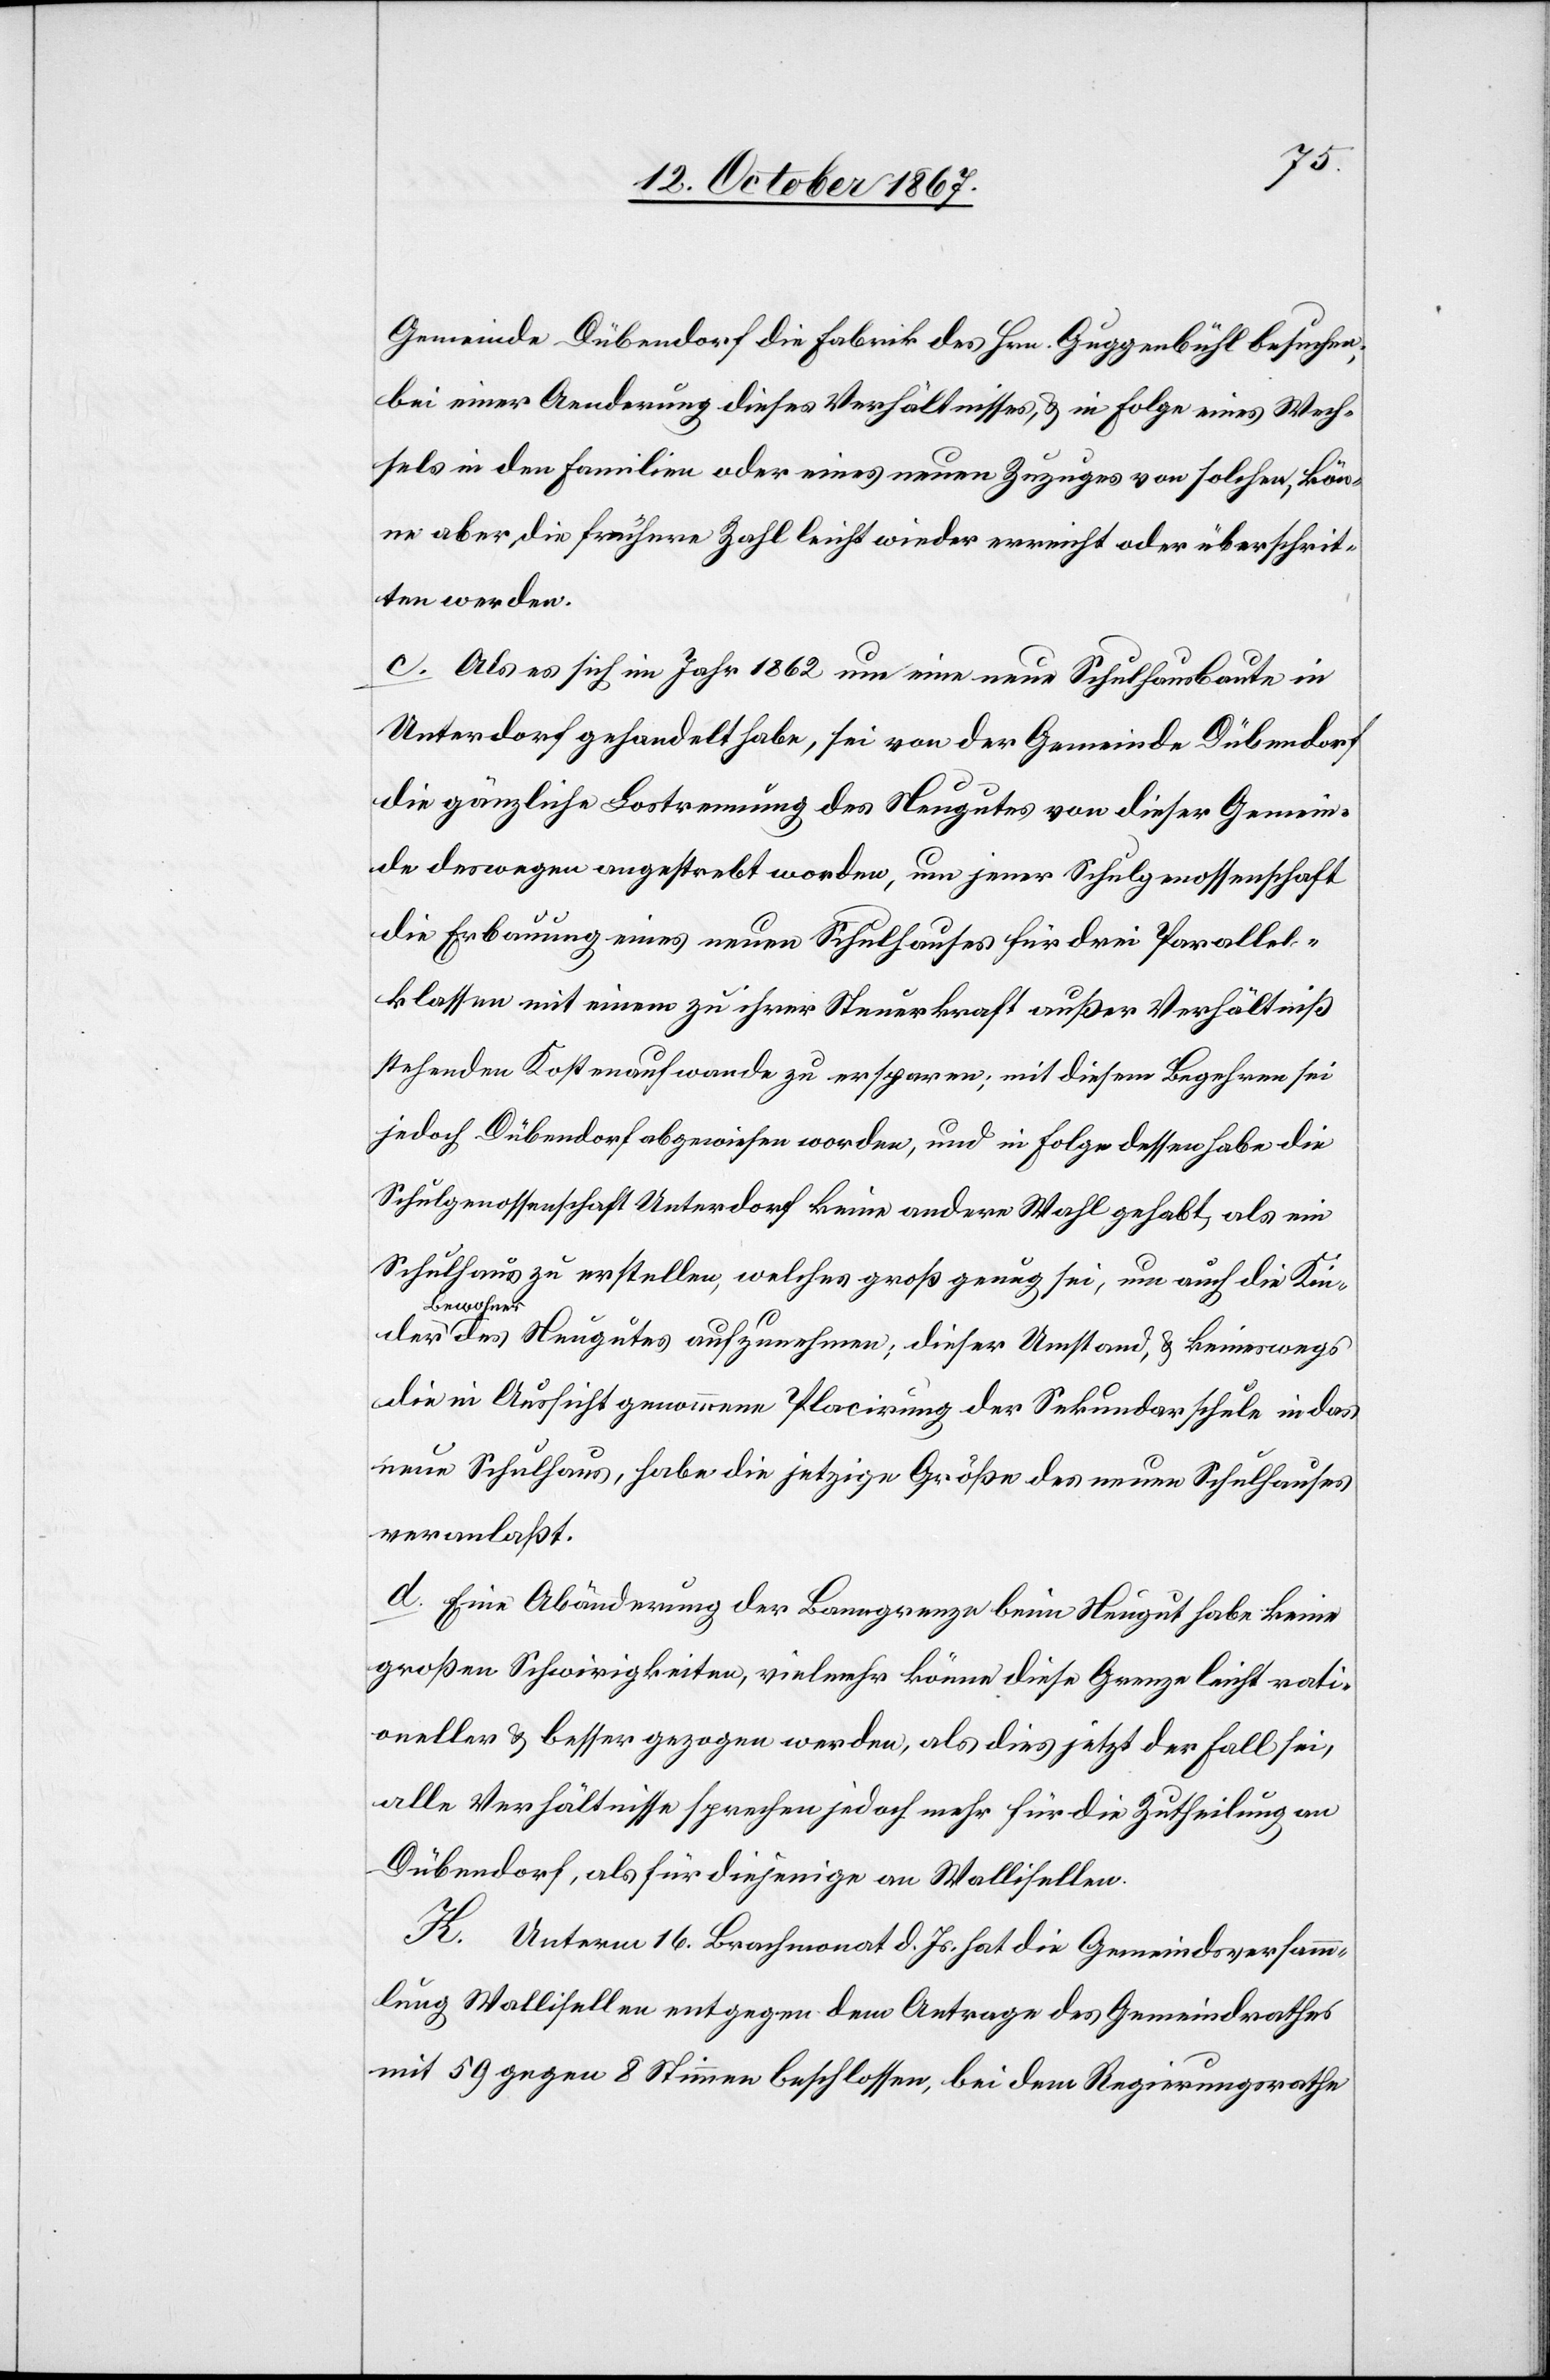
der
Gemeinde Dübendorf die Fabrik des Hrn. Guggenbühl besuchen;
bei einer Aenderung dieses Verhältnisses, u. in Folge eines Wech¬
sels in den Familien oder eines neuen Zuzuges von solchen, kön¬
ne aber die frühere Zahl leicht wieder erreicht oder überschrit¬
ten werden.
c. Als es sich im Jahr 1862 um eine neue Schulhausbaute in
Unterdorf gehandelt habe, sei von der Gemeinde Dübendorf
die gänzliche Lostrennung des Neugutes von dieser Gemein¬
de deswegen angestrebt worden, um jener Schulgenossenschaft
die Erbauung eines neuen Schulhauses für drei Parallel¬
klassen mit einem zu ihrer Steuerkraft außer Verhältniß
stehenden Kostenaufwand zu ersparen; mit diesem Begehren sei
jedoch Dübendorf abgewiesen worden, und in Folge dessen habe die
Schulgenossenschaft Unterdorf keine andere Wahl gehabt, als ein
Schulhaus zu erstellen, welches groß genug sei, um auch die Kin¬
Bewohn¬
er des Neugutes aufzunehmen; dieser Umstand, u. keineswegs
die in Aussicht genommene Placirung der Sekundarschule in das
neue Schulhaus, habe die jetzige Größe des neuen Schulhauses
veranlaßt.
d. Eine Abänderung der Banngrenze beim Neugut habe keine
großen Schwierigkeiten, vielmehr könne diese Grenze leicht rati¬
oneller u. besser gezogen werden, als die jetzt der Fall sei,
alle Verhältnisse sprechen jedoch mehr für die Zutheilung an
Dübendorf, als für diejenige an Wallisellen.
K. Unterm 16. Brachmonat d. Js. hat die Gemeindsversamm¬
lung Wallisellen entgegen dem Antrage des Gemeindrathes
mit 59 gegen 8 Stimmen beschlossen, bei dem Regierungsrathe,